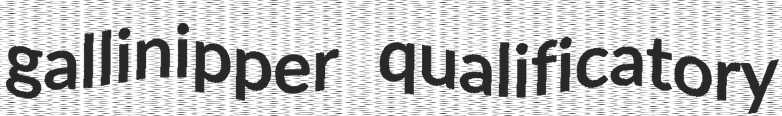
gallinipper qualificatory